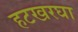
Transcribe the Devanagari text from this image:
हटखरघा